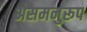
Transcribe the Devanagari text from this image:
असमनुरूप